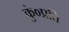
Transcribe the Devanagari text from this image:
कुं०प्रति